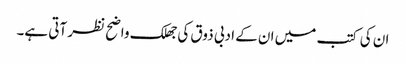
ان کی کتب میں ان کے ادبی ذوق کی جھلک واضح نظر آتی ہے۔